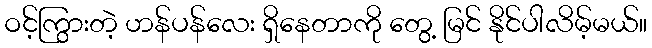
ဝင့်ကြွားတဲ့ ဟန်ပန်လေး ရှိနေတာကို တွေ့ မြင် နိုင်ပါလိမ့်မယ်။